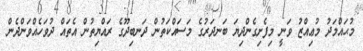
މުޙައްމަދު މުޢިއްޒު ވަނީ މިފެށިގެންދިޔަ ބަނދަރުގެ މަސައްކަތުން ދަނބިދޫގެ ރައްޔިތުން އެތައް ދުވަހެއްވަންދެން